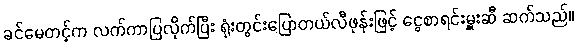
ခင်မေတင့်က လက်ကာပြလိုက်ပြီး ရုံးတွင်းပြောတယ်လီဖုန်းဖြင့် ငွေစာရင်းမှူးဆီ ဆက်သည်။